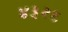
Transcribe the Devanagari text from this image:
४३२६